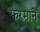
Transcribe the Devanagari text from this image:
फरमाने